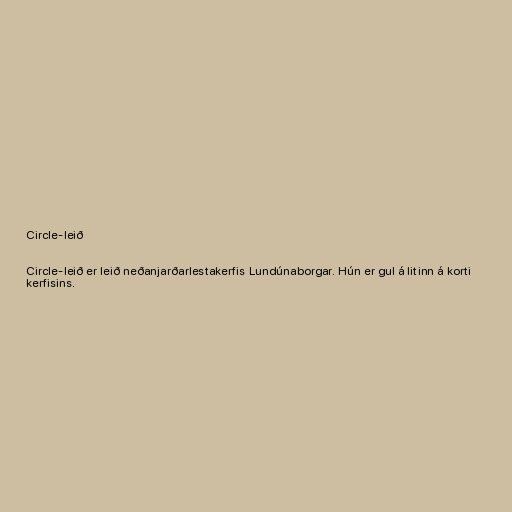
Circle-leið

Circle-leið er leið neðanjarðarlestakerfis Lundúnaborgar. Hún er gul á litinn á korti
kerfisins.